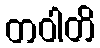
တဝါတိ